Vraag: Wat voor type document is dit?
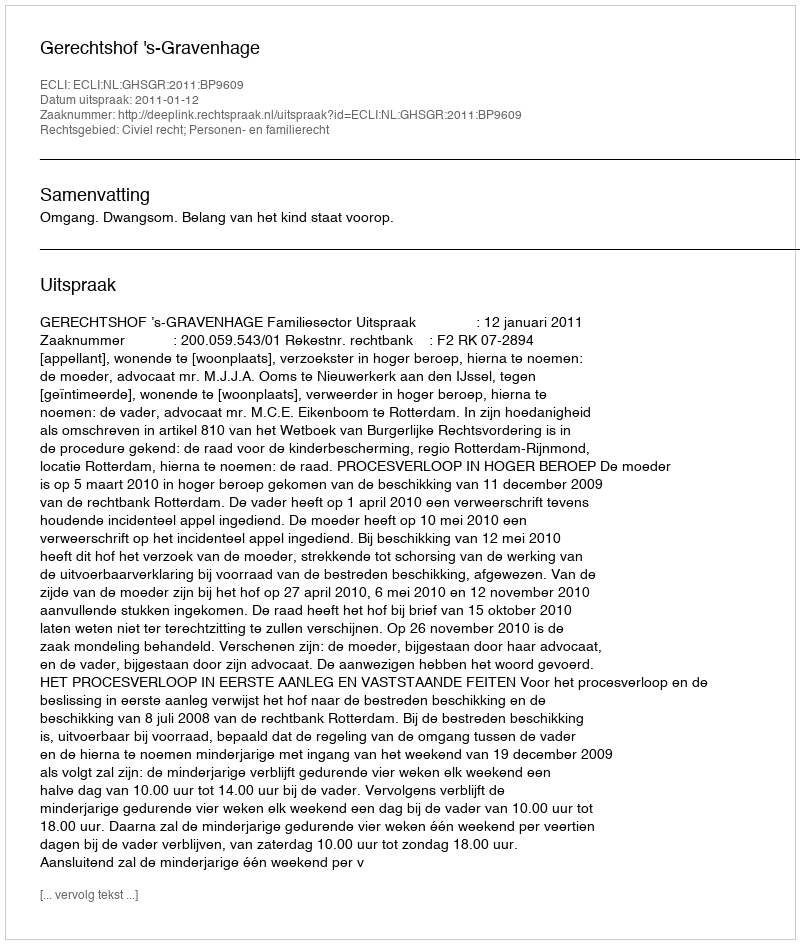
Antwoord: Uitspraak